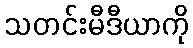
သတင်းမီဒီယာကို